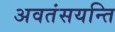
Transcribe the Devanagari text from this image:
अवतंसयन्ति